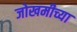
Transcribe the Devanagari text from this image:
जोखमीच्या